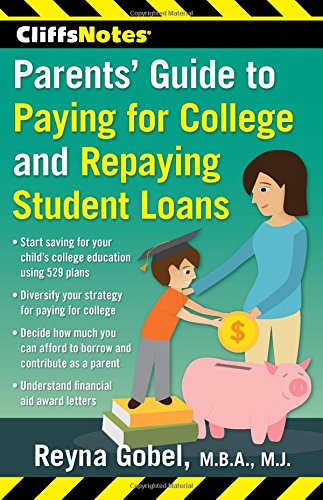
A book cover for CliffsNotes Parents' Guide to Paying for College and Repaying Student Loans; Reyna Gobel; Education & Teaching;